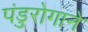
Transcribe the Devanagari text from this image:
पंडुरोगाने